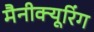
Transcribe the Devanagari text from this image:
मैनीक्यूरिंग